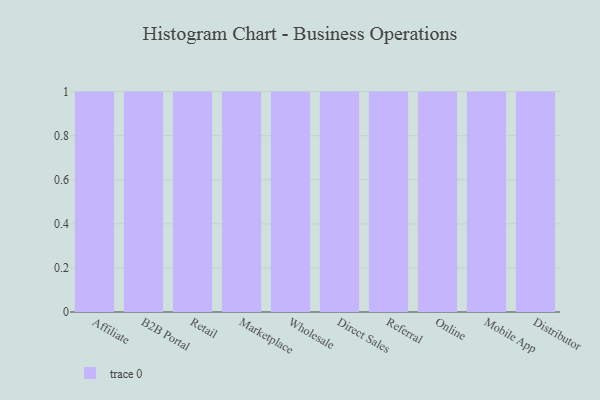
{"axis": {"x": "Channel", "y": "Humidity (%)"}, "legend": [""], "data": [{"x": "Affiliate", "y": 36, "type": ""}, {"x": "B2B Portal", "y": 90, "type": ""}, {"x": "Retail", "y": 31, "type": ""}, {"x": "Marketplace", "y": 50, "type": ""}, {"x": "Wholesale", "y": 76, "type": ""}, {"x": "Direct Sales", "y": 98, "type": ""}, {"x": "Referral", "y": 55, "type": ""}, {"x": "Online", "y": 18, "type": ""}, {"x": "Mobile App", "y": 92, "type": ""}, {"x": "Distributor", "y": 59, "type": ""}]}